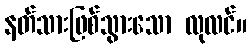
နတ်သားဖြစ်သွားသော လုလင်။